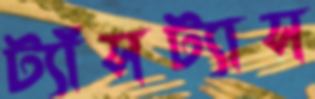
ট্যাঁসট্যাস